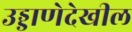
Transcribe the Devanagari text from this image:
उड्डाणेदेखील